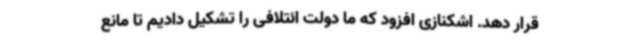
قرار دهد. اشکنازی افزود که ما دولت ائتلافی را تشکیل دادیم تا مانع